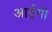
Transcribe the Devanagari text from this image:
आईगी